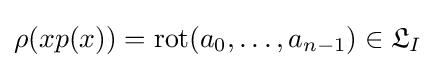
\rho (xp(x))=\operatorname {rot} (a_{0},\ldots ,a_{n-1})\in {\mathfrak {L}}_{I}